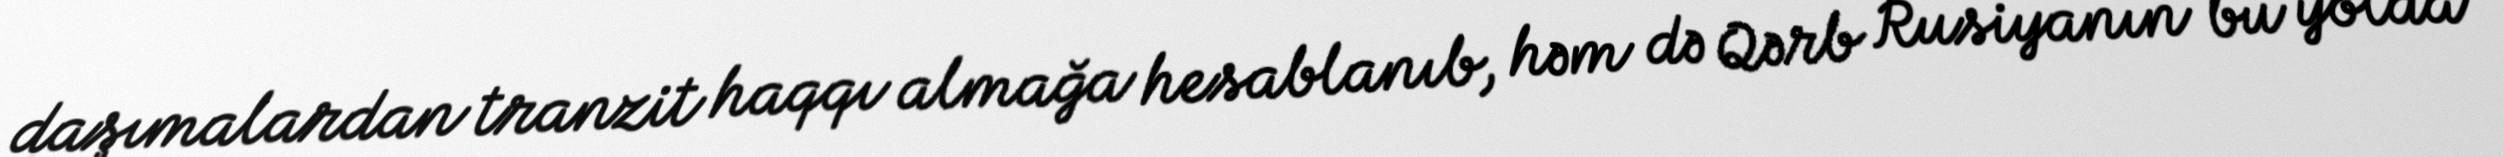
daşımalardan tranzit haqqı almağa hesablanıb, həm də Qərb Rusiyanın bu yolda